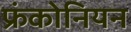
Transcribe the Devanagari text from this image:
फ्रंकोनियन